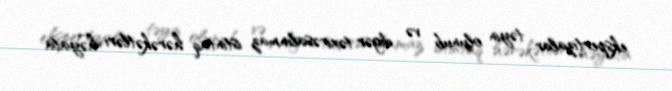
ekspertizalar təyin olunub və digər təxirəsalınmaz istintaq hərəkətləri həyata